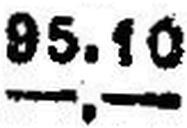
—.—